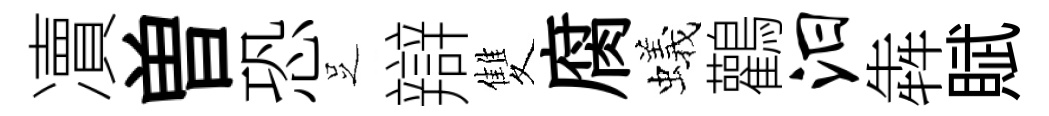
凟曽恐𠯁辯雙腐蟻鸛汨犇賦